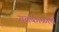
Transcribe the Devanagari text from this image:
गतकाळाचे